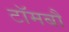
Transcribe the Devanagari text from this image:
टॉमबौ